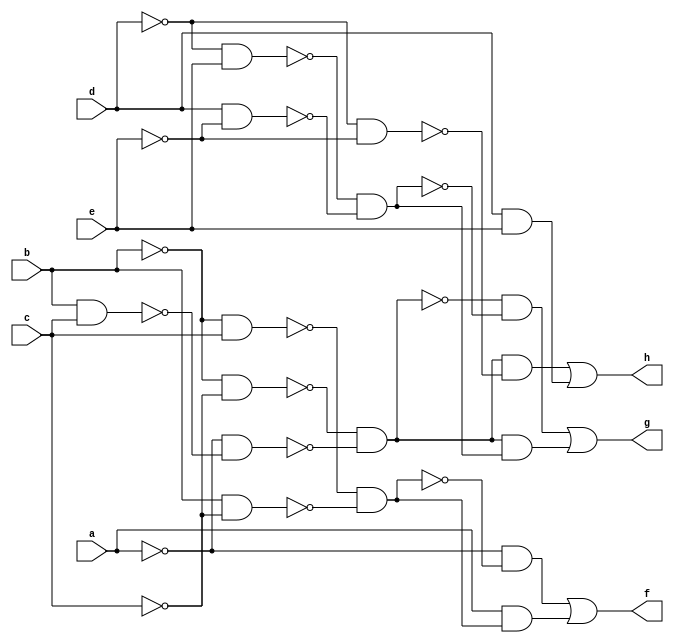
module CM82 ( 
    a, b, c, d, e,
    f, g, h  );
  input  a, b, c, d, e;
  output f, g, h;
  wire new_n9_, new_n10_, new_n11_, new_n12_, new_n13_, new_n15_, new_n16_,
    new_n17_, new_n18_, new_n19_, new_n20_, new_n21_, new_n22_, new_n23_,
    new_n25_, new_n26_, new_n27_;
  assign new_n9_ = ~b & c;
  assign new_n10_ = b & ~c;
  assign new_n11_ = ~new_n9_ & ~new_n10_;
  assign new_n12_ = ~a & ~new_n11_;
  assign new_n13_ = a & new_n11_;
  assign f = new_n12_ | new_n13_;
  assign new_n15_ = ~b & ~c;
  assign new_n16_ = b & c;
  assign new_n17_ = ~a & ~new_n16_;
  assign new_n18_ = ~new_n15_ & ~new_n17_;
  assign new_n19_ = ~d & e;
  assign new_n20_ = d & ~e;
  assign new_n21_ = ~new_n19_ & ~new_n20_;
  assign new_n22_ = ~new_n18_ & ~new_n21_;
  assign new_n23_ = new_n18_ & new_n21_;
  assign g = new_n22_ | new_n23_;
  assign new_n25_ = ~d & ~e;
  assign new_n26_ = new_n18_ & ~new_n25_;
  assign new_n27_ = d & e;
  assign h = new_n26_ | new_n27_;
endmodule